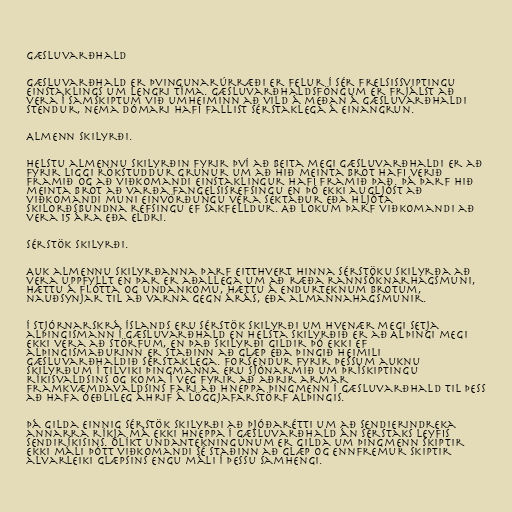
Gæsluvarðhald

Gæsluvarðhald er þvingunarúrræði er felur í sér frelsissviptingu
einstaklings um lengri tíma. Gæsluvarðhaldsföngum er frjálst að
vera í samskiptum við umheiminn að vild á meðan á gæsluvarðhaldi
stendur, nema dómari hafi fallist sérstaklega á einangrun.

Almenn skilyrði.

Helstu almennu skilyrðin fyrir því að beita megi gæsluvarðhaldi er að
fyrir liggi rökstuddur grunur um að hið meinta brot hafi verið
framið og að viðkomandi einstaklingur hafi framið það. Þá þarf hið
meinta brot að varða fangelsisrefsingu en þó ekki augljóst að
viðkomandi muni einvörðungu vera sektaður eða hljóta
skilorðsbundna refsingu ef sakfelldur. Að lokum þarf viðkomandi að
vera 15 ára eða eldri.

Sérstök skilyrði.

Auk almennu skilyrðanna þarf eitthvert hinna sérstöku skilyrða að
vera uppfyllt en þar er aðallega um að ræða rannsóknarhagsmuni,
hættu á flótta og undankomu, hættu á endurteknum brotum,
nauðsynjar til að varna gegn árás, eða almannahagsmunir.

Í stjórnarskrá Íslands eru sérstök skilyrði um hvenær megi setja
alþingismann í gæsluvarðhald en helsta skilyrðið er að Alþingi megi
ekki vera að störfum, en það skilyrði gildir þó ekki ef
alþingismaðurinn er staðinn að glæp eða þingið heimili
gæsluvarðhaldið sérstaklega. Forsendur fyrir þessum auknu
skilyrðum í tilviki þingmanna eru sjónarmið um þrískiptingu
ríkisvaldsins og koma í veg fyrir að aðrir armar
framkvæmdavaldsins fari að hneppa þingmenn í gæsluvarðhald til þess
að hafa óeðlileg áhrif á löggjafarstörf Alþingis.

Þá gilda einnig sérstök skilyrði að þjóðarétti um að sendierindreka
annarra ríkja má ekki hneppa í gæsluvarðhald án sérstaks leyfis
sendiríkisins. Ólíkt undantekningunum er gilda um þingmenn skiptir
ekki máli þótt viðkomandi sé staðinn að glæp og ennfremur skiptir
alvarleiki glæpsins engu máli í þessu samhengi.